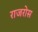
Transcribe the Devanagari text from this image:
राजरोस